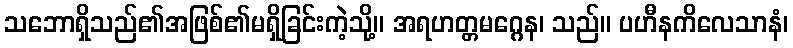
သဘောရှိသည်၏အဖြစ်၏မရှိခြင်းကဲ့သို့။ အရဟတ္တမဂ္ဂေန၊ သည်။ ပဟီနကိလေသာနံ၊